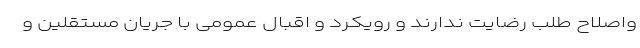
واصلاح طلب رضایت ندارند و رویکرد و اقبال عمومی با جریان مستقلین و